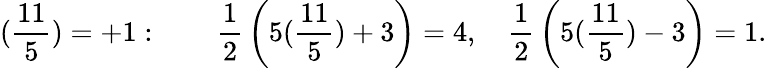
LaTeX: ({\frac{11}{5}})=+1:\qquad{\frac{1}{2}}\left(5({\frac{11}{5}})+3\right)=4,\quad{\frac{1}{2}}\left(5({\frac{11}{5}})-3\right)=1.